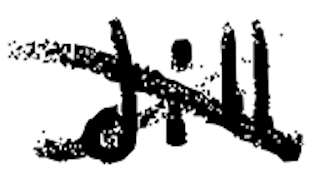
Text: Jill
Cross-out: cross
Writing tool: digital_black